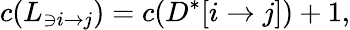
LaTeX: c(L_{\ni i\rightarrow j})=c(D^{*}[i\rightarrow j])+1,